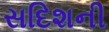
સદિશની